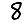
Digit: 8